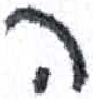
אות: ה